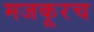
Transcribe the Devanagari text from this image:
मजकूरच